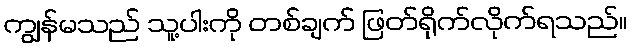
ကျွန်မသည် သူ့ပါးကို တစ်ချက် ဖြတ်ရိုက်လိုက်ရသည်။